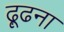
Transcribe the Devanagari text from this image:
ढ़ूढना